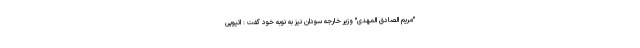
"مریم الصادق المهدی" وزیر خارجه سودان نیز به نوبه خود گفت : اتیوپی